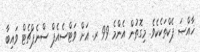
ޚާއްޞަ ޕެކްތަކެކެވެ. މިގޮތުން އެންމެ 99 ރ. އަށް ވަޓްސެއެޕް ސްނެޕްޗެޓް ވައިބާ